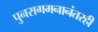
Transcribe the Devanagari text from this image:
पुनरागमनानंतरही